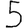
Digit: 5